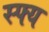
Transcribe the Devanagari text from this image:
स्फ्य